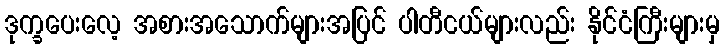
ဒုက္ခပေးလေ့ အစားအသောက်များအပြင် ပါတီငယ်များလည်း နိုင်ငံကြီးများမှ